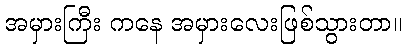
အမှားကြီး ကနေ အမှားလေးဖြစ်သွားတာ။